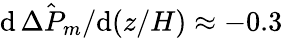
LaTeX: \mathrm{d}\, \hat{\Delta P_{m}}/\mathrm{d}(z/H)\approx-0.3